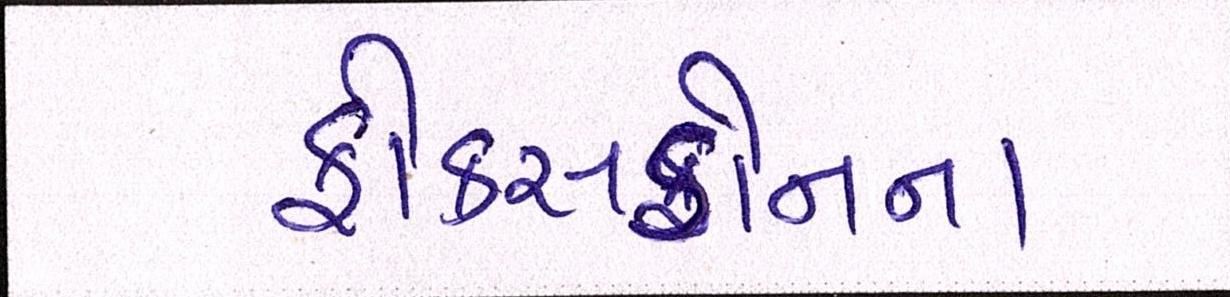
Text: ફોક્સકોનના